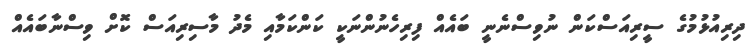
ދިރިއުޅުމުގެ ސީރިއަސްކަން ނުވިސްނެނީ ބައެއް ފިރިހެނުންނަކީ ކަންކަމާއި މެދު މާސިރިއަސް ކޮށް ވިސްނާބައެއް